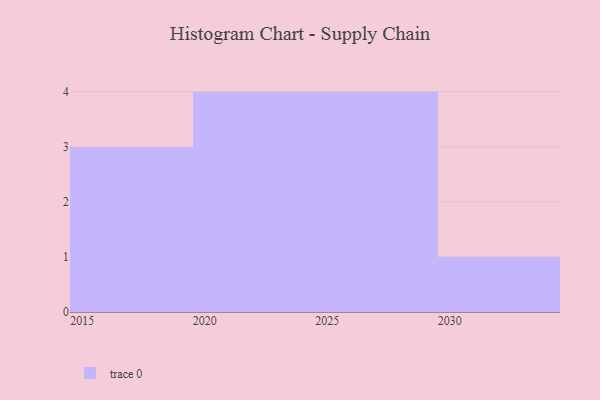
{"axis": {"x": "Year", "y": "Satisfaction Score"}, "legend": [""], "data": [{"x": "2028", "y": 4, "type": ""}, {"x": "2025", "y": 11, "type": ""}, {"x": "2020", "y": 80, "type": ""}, {"x": "2024", "y": 87, "type": ""}, {"x": "2022", "y": 55, "type": ""}, {"x": "2016", "y": 98, "type": ""}, {"x": "2019", "y": 90, "type": ""}, {"x": "2029", "y": 97, "type": ""}, {"x": "2026", "y": 33, "type": ""}, {"x": "2021", "y": 38, "type": ""}, {"x": "2030", "y": 29, "type": ""}, {"x": "2017", "y": 30, "type": ""}]}